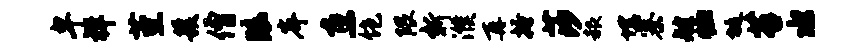
卑祥堇簇僧眩岸惠饱隈新濮再搔莎赧埋寨艘恤埏苔水